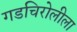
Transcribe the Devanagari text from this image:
गडचिरोलीला